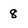
Character: 8